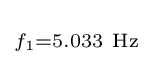
\scriptstyle f_{1}=5.033\mathrm {\ Hz}